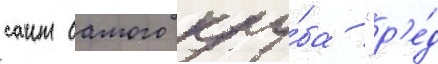
саит самого клу́ба "р'е́д